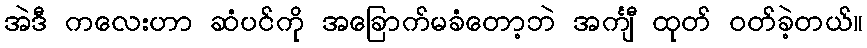
အဲဒီ ကလေးဟာ ဆံပင်ကို အခြောက်မခံတော့ဘဲ အင်္ကျီ ထုတ် ဝတ်ခဲ့တယ်။